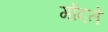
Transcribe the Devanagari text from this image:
गोंदते